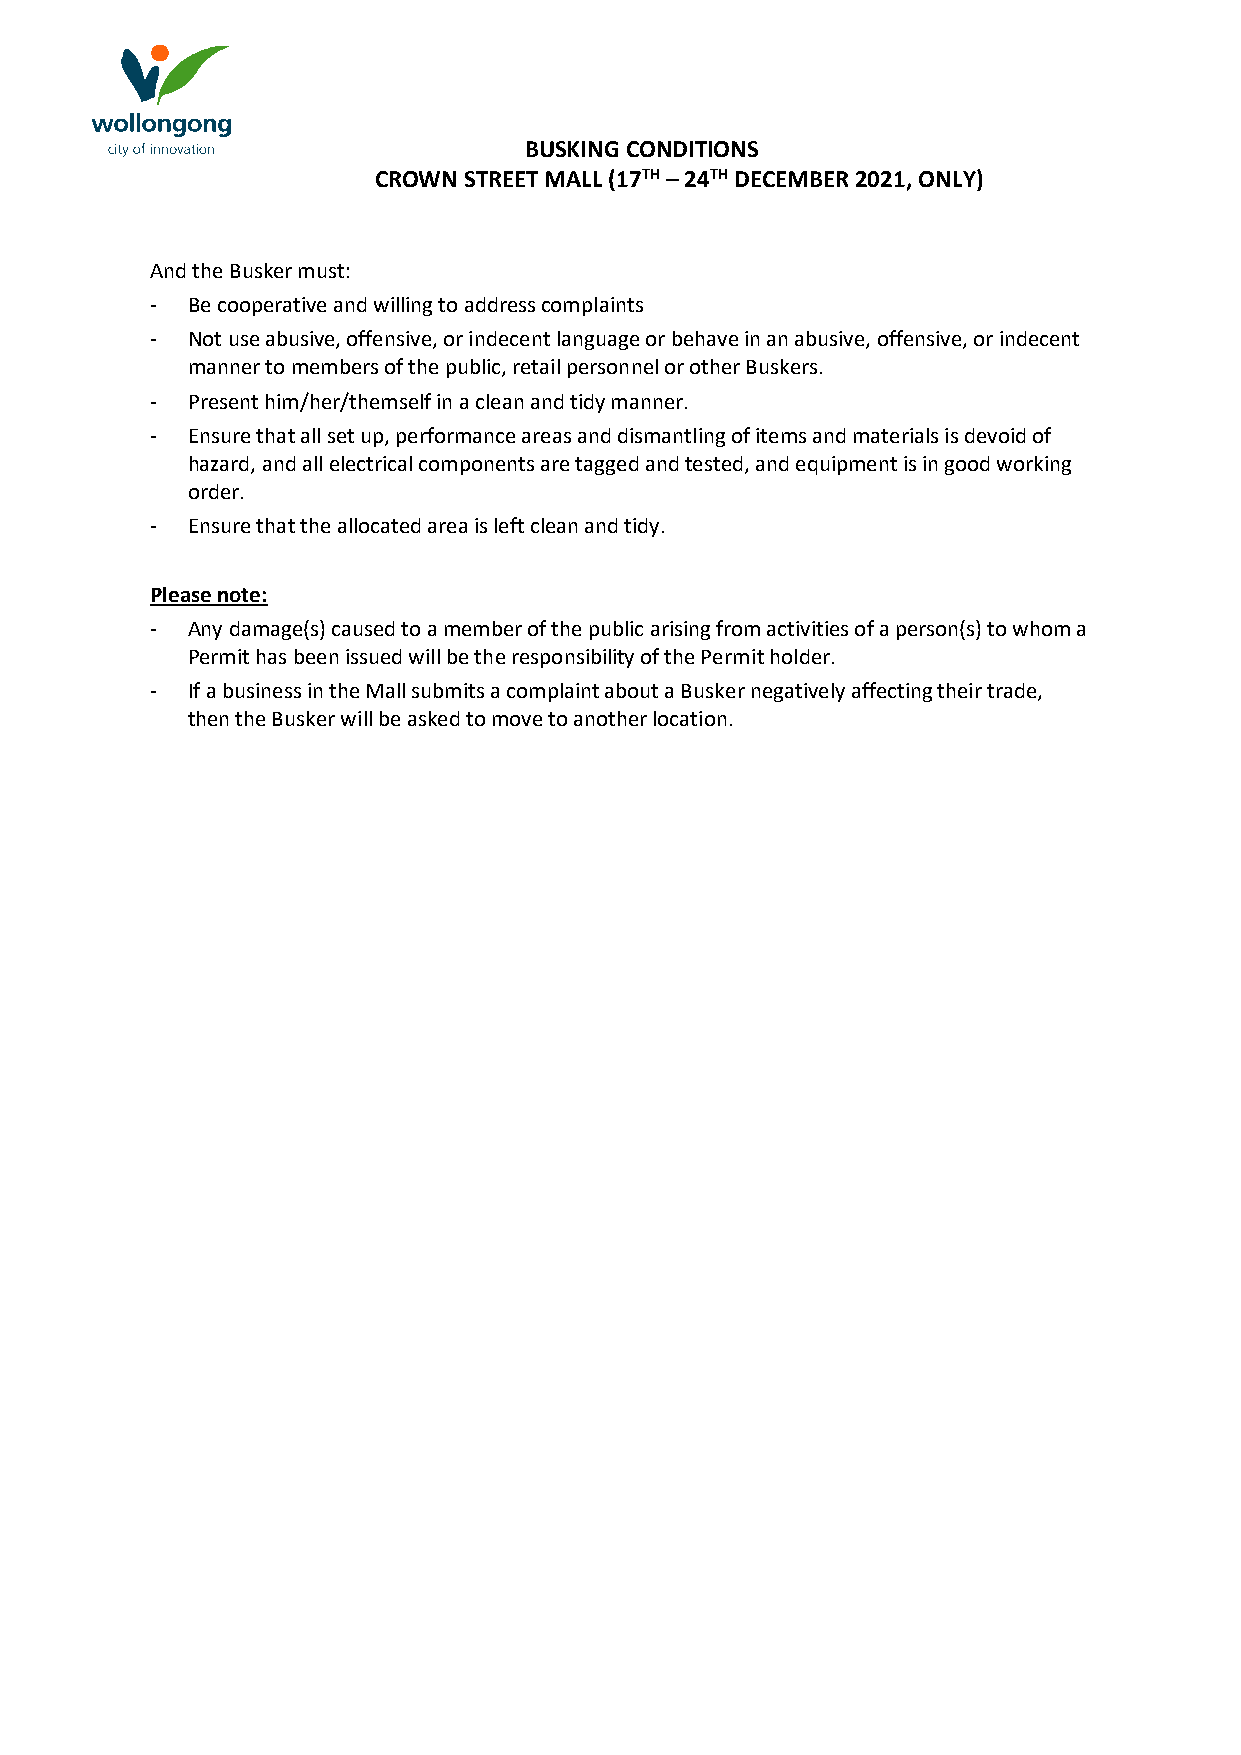
BUSKING CONDITIONS
 CROWN STREET MALL (17TH – 24TH DECEMBER 2021, ONLY)
 And the Busker must:
 - Be cooperative and willing to address complaints
 - Not use abusive, offensive, or indecent language or behave in an abusive, offensive, or indecent
 manner to members of the public, retail personnel or other Buskers.
 - Present him/her/themself in a clean and tidy manner.
 - Ensure that all set up, performance areas and dismantling of items and materials is devoid of
 hazard, and all electrical components are tagged and tested, and equipment is in good working
 order.
 - Ensure that the allocated area is left clean and tidy.
 Please note:
 - Any damage(s) caused to a member of the public arising from activities of a person(s) to whom a
 Permit has been issued will be the responsibility of the Permit holder.
 - If a business in the Mall submits a complaint about a Busker negatively affecting their trade,
 then the Busker will be asked to move to another location.